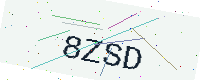
Text: 8ZSD